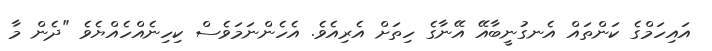
އައިހަމްގެ ކަންތައް އެނގުނީބާއޭ އޭނާގެ ހިތަށް އެރިއެވެ. އެހެންނަމަވެސް ކިހިނެއްހެއްޔެވެ "ދެން މާ